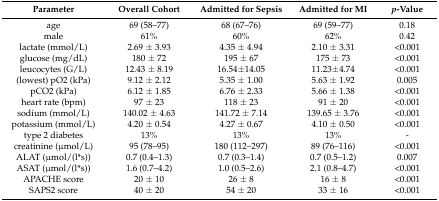
<table><thead><tr><td><b>Parameter</b></td><td><b>Overall Cohort</b></td><td><b>Admitted for Sepsis</b></td><td><b>Admitted for MI</b></td><td><b><i>p</i>-Value</b></td></tr></thead><tbody><tr><td>age</td><td>69 (58–77)</td><td>68 (67–76)</td><td>69 (59–77)</td><td>0.18</td></tr><tr><td>male</td><td>61%</td><td>60%</td><td>62%</td><td>0.42</td></tr><tr><td>lactate (mmol/L)</td><td>2.69 ± 3.93</td><td>4.35 ± 4.94</td><td>2.10 ± 3.31</td><td>&lt;0.001</td></tr><tr><td>glucose (mg/dL)</td><td>180 ± 72</td><td>195 ± 67</td><td>175 ± 73</td><td>&lt;0.001</td></tr><tr><td>leucocytes (G/L)</td><td>12.43 ± 8.19</td><td>16.54±14.05</td><td>11.23±4.74</td><td>&lt;0.001</td></tr><tr><td>(lowest) pO2 (kPa)</td><td>9.12 ± 2.12</td><td>5.35 ± 1.00</td><td>5.63 ± 1.92</td><td>0.005</td></tr><tr><td>pCO2 (kPa)</td><td>6.12 ± 1.85</td><td>6.76 ± 2.33</td><td>5.66 ± 1.38</td><td>&lt;0.001</td></tr><tr><td>heart rate (bpm)</td><td>97 ± 23</td><td>118 ± 23</td><td>91 ± 20</td><td>&lt;0.001</td></tr><tr><td>sodium (mmol/L)</td><td>140.02 ± 4.63</td><td>141.72 ± 7.14</td><td>139.65 ± 3.76</td><td>&lt;0.001</td></tr><tr><td>potassium (mmol/L)</td><td>4.20 ± 0.54</td><td>4.27 ± 0.67</td><td>4.10 ± 0.50</td><td>&lt;0.001</td></tr><tr><td>type 2 diabetes</td><td>13%</td><td>13%</td><td>13%</td><td>-</td></tr><tr><td>creatinine (μmol/L)</td><td>95 (78–95)</td><td>180 (112–297)</td><td>89 (76–116)</td><td>&lt;0.001</td></tr><tr><td>ALAT (μmol/(l*s))</td><td>0.7 (0.4–1.3)</td><td>0.7 (0.3–1.4)</td><td>0.7 (0.5–1.2)</td><td>0.007</td></tr><tr><td>ASAT (μmol/(l*s))</td><td>1.6 (0.7–4.2)</td><td>1.0 (0.5–2.6)</td><td>2.1 (0.8–4.7)</td><td>&lt;0.001</td></tr><tr><td>APACHE score</td><td>20 ± 10</td><td>26 ± 8</td><td>16 ± 8</td><td>&lt;0.001</td></tr><tr><td>SAPS2 score</td><td>40 ± 20</td><td>54 ± 20</td><td>33 ± 16</td><td>&lt;0.001</td></tr></tbody></table>